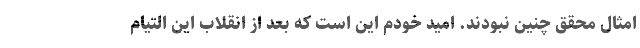
امثال محقق چنین نبودند. امید خودم این است که بعد از انقلاب این التیام